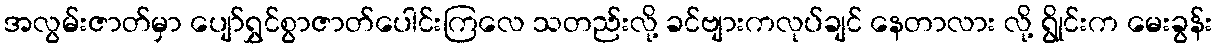
အလွမ်းဇာတ်မှာ ပျော်ရွှင်စွာဇာတ်ပေါင်းကြလေ သတည်းလို့ ခင်ဗျားကလုပ်ချင် နေတာလား လို့ ရွိုင်းက မေးခွန်း